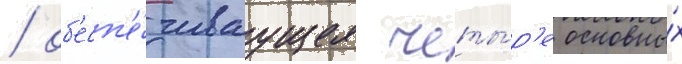
/ об'есп'е́чиваущее четы́р'е основны́х